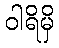
ဝါရိမှိ